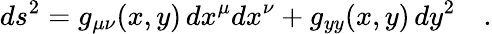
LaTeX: ds^{2}=g_{\mu\nu}(x,y)\, dx^{\mu}dx^{\nu}+g_{yy}(x,y)\, dy^{2}\quad.